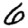
Digit: 6